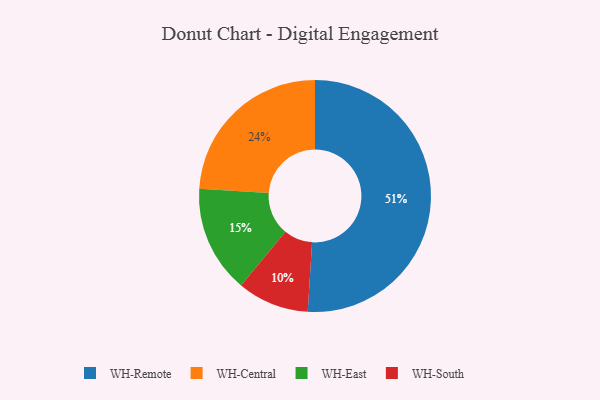
{"axis": {"x": "Category", "y": "Percentage"}, "legend": ["WH-Central", "WH-East", "WH-Remote", "WH-South"], "data": [{"x": "WH-South", "y": 10, "type": "WH-South"}, {"x": "WH-East", "y": 15, "type": "WH-East"}, {"x": "WH-Remote", "y": 51, "type": "WH-Remote"}, {"x": "WH-Central", "y": 24, "type": "WH-Central"}]}